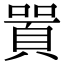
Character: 𠽸